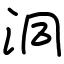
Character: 洞